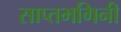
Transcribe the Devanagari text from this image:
साप्तभगिनी